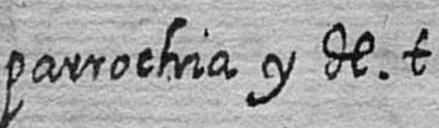
parrochia y de t